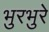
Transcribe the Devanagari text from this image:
भुरभुरे